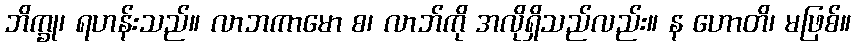
ဘိက္ခု၊ ရဟန်းသည်။ လာဘကာမော စ၊ လာဘ်ကို အလိုရှိသည်လည်း။ န ဟောတိ၊ မဖြစ်။